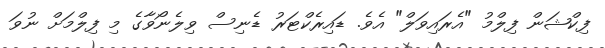
ފިކްޝަން ފިލްމު "އެރައިވަލް" އެވެ. ޑައިރެކްޓަރު ޑެނިސް ވިލެނޯވާގެ މި ފިލްމަށް ނުވަ